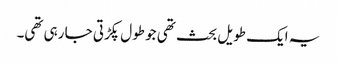
یہ ایک طویل بحث تھی جو طول پکڑتی جا رہی تھی۔